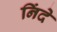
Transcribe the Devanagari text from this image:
निंदे